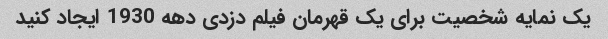
یک نمایه شخصیت برای یک قهرمان فیلم دزدی دهه 1930 ایجاد کنید